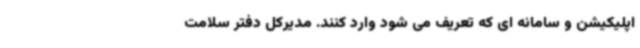
اپلیکیشن و سامانه ای که تعریف می شود وارد کنند. مدیرکل دفتر سلامت